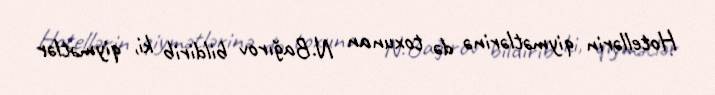
Hotellərin qiymətlərinə də toxunan N.Bağırov bildirib ki, qiymətlər